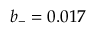
b _ { - } = 0 . 0 1 7